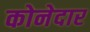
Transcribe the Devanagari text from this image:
कोनेदार